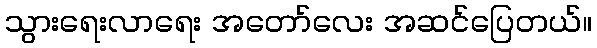
သွားရေးလာရေး အတော်လေး အဆင်ပြေတယ်။